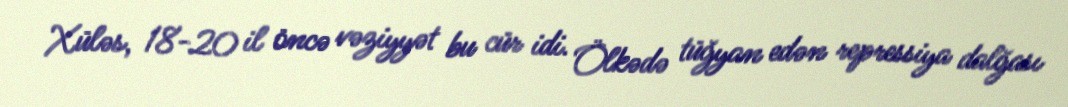
Xüləs, 18-20 il öncə vəziyyət bu cür idi. Ölkədə tüğyan edən repressiya dalğası